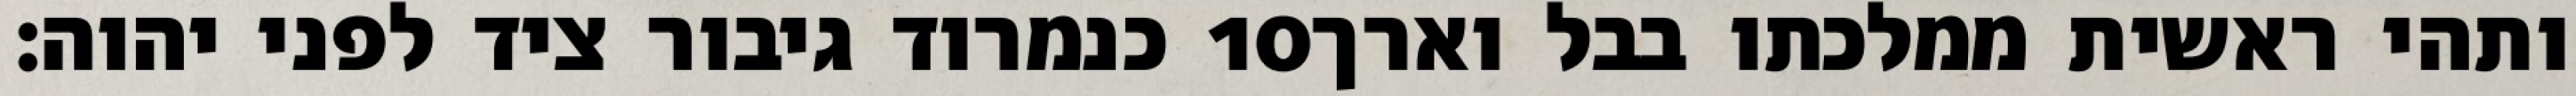
כנמרוד גיבור ציד לפני יהוה׃ ‎10‏ ותהי ראשית ממלכתו בבל וארך